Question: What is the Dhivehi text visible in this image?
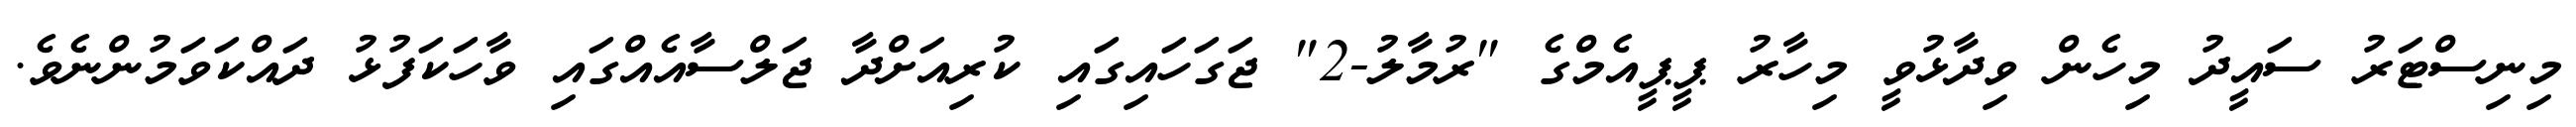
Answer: މިނިސްޓަރު ސައީދު މިހެން ވިދާޅުވީ މިހާރު ޕީޕީއެމްގެ "ރުމާލު-2" ޖަގަހައިގައި ކުރިއަށްދާ ޖަލްސާއެއްގައި ވާހަކަފުޅު ދައްކަވަމުންނެވެ.